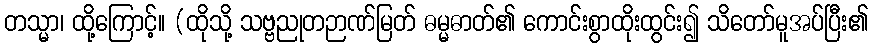
တသ္မာ၊ ထို့ကြောင့်။ (ထိုသို့ သဗ္ဗညုတဉာဏ်မြတ် ဓမ္မဓာတ်၏ ကောင်းစွာထိုးထွင်း၍ သိတော်မူအပ်ပြီး၏